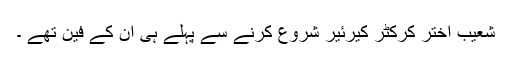
شعیب اختر کرکٹر کیرئیر شروع کرنے سے پہلے ہی ان کے فین تھے ۔